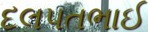
દલપતભાઈ